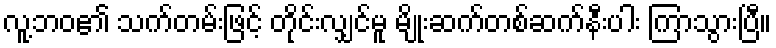
လူ့ဘဝ၏ သက်တမ်းဖြင့် တိုင်းလျှင်မူ မျိုးဆက်တစ်ဆက်နီးပါး ကြာသွားပြီ။